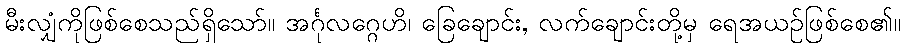
မီးလျှံကိုဖြစ်စေသည်ရှိသော်။ အင်္ဂုလဂ္ဂေဟိ၊ ခြေချောင်း, လက်ချောင်းတို့မှ ရေအယဉ်ဖြစ်စေ၏။